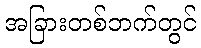
အခြားတစ်ဘက်တွင်